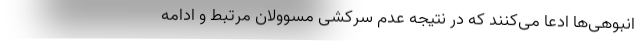
انبوهی‌ها ادعا می‌کنند که در نتیجه عدم سرکشی مسوولان مرتبط و ادامه